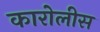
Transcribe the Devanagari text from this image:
कारोलीस